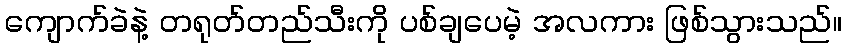
ကျောက်ခဲနဲ့ တရုတ်တည်သီးကို ပစ်ချပေမဲ့ အလကား ဖြစ်သွားသည်။